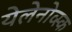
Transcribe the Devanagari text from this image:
येलेनोव्स्क